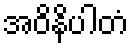
အဝိနိပါတံ